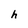
Character: h